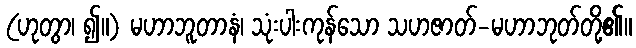
(ဟုတွာ၊ ၍။) မဟာဘူတာနံ၊ သုံးပါးကုန်သော သဟဇာတ်-မဟာဘုတ်တို့၏။